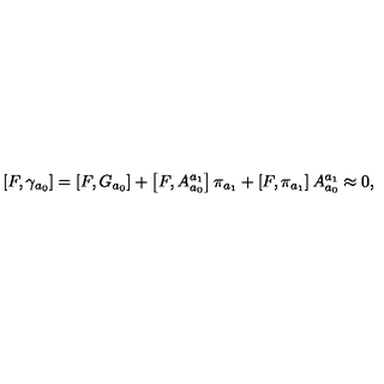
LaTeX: \left[ F , \gamma _ { a _ { 0 } } \right] = \left[ F , G _ { a _ { 0 } } \right] + \left[ F , A _ { a _ { 0 } } ^ { a _ { 1 } } \right] \pi _ { a _ { 1 } } + \left[ F , \pi _ { a _ { 1 } } \right] A _ { a _ { 0 } } ^ { a _ { 1 } } \approx 0 ,